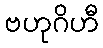
ဗဟုဂိဟီ